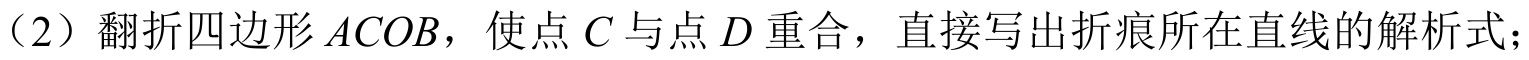
（2）翻折四边形\(ACOB\)，使点\(C\)与点\(D\)重合，直接写出折痕所在直线的解析式；